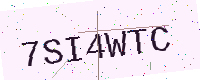
Text: 7SI4WTC